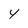
Character: Y